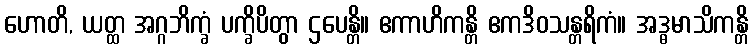
ဟောတိ, ယတ္ထ အဂ္ဂဘိက္ခံ ပက္ခိပိတွာ ဌပေန္တိ။ ဧကာဟိကန္တိ ဧကဒိဝသန္တရိကံ။ အဒ္ဓမာသိကန္တိ